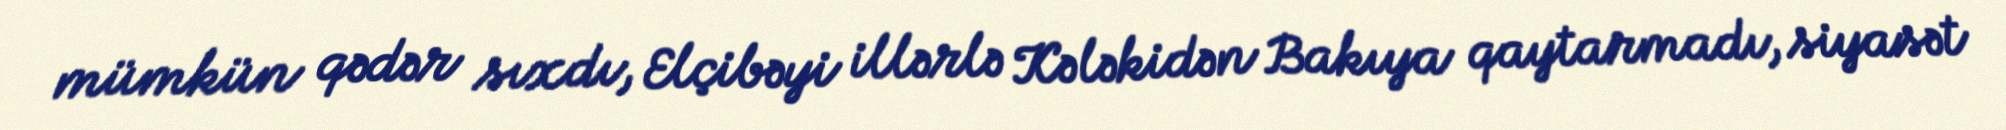
mümkün qədər sıxdı, Elçibəyi illərlə Kələkidən Bakıya qaytarmadı, siyasət